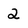
Character: 2